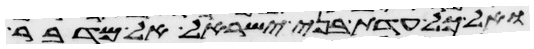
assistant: ואל כל עדת בני ישראל אל מדבר